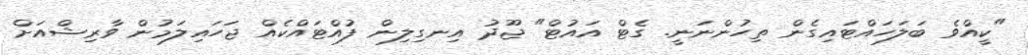
"ކީއްވެ ބަލަހައްޓައިގެން ތިހުންނަނީ. ގެޓް އައުޓް" ޖޫދު އިނގިލިން ފުއްޓައްކެއް ޖަހައިލަމުން ވާރިޝްއަށް